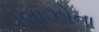
પલાઝોના